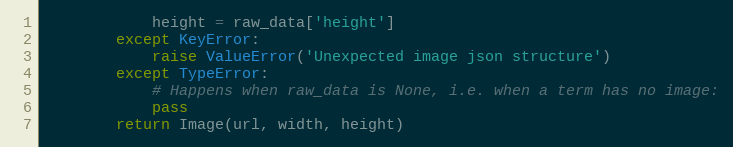
Language: Python
            height = raw_data['height']
        except KeyError:
            raise ValueError('Unexpected image json structure')
        except TypeError:
            # Happens when raw_data is None, i.e. when a term has no image:
            pass
        return Image(url, width, height)